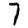
Digit: 7